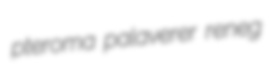
pteroma palaverer reneg